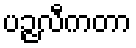
ပဉ္ဇလီကတာ